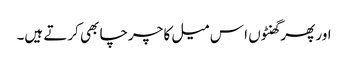
اور پھر گھنٹوں ا س میل کا چرچا بھی کرتے ہیں۔